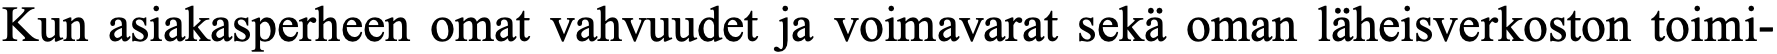
Kun asiakasperheen omat vahvuudet ja voimavarat sekä oman läheisverkoston toimi-